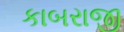
કાબરાજી